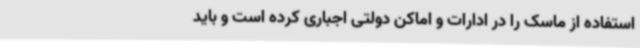
استفاده از ماسک را در ادارات و اماکن دولتی اجباری کرده است و باید